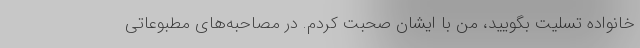
خانواده تسلیت بگویید، من با ایشان صحبت کردم. در مصاحبه‌های مطبوعاتی